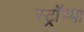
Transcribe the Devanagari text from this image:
स्ट्रॉच्या